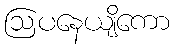
ဩပနေယျိကော